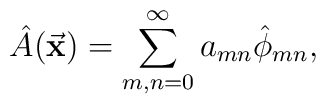
\hat A (\vec {\bf x}) =       \sum_{m,n=0}^\infty a_{mn} \hat \phi_{mn} ,